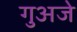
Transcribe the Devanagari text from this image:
गुअजे